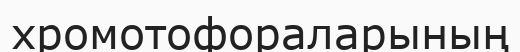
хромотофораларының